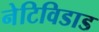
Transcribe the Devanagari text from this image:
नेटिविडाड